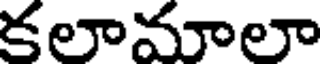
కలామాలా